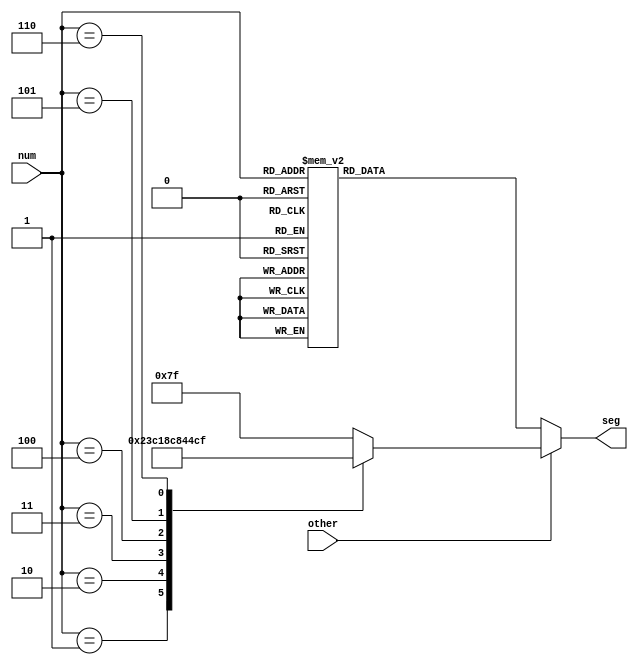
`timescale 1ns / 1ps
//////////////////////////////////////////////////////////////////////////////////
// Company: 
// Engineer: 
// 
// Design Name: 
// Module Name: seg_controller
// Project Name: 
// Target Devices: 
// Tool Versions: 
// Description: 
// 
// Dependencies: 
// 
// Revision:
// Revision 0.01 - File Created
// Additional Comments:
// 
//////////////////////////////////////////////////////////////////////////////////


module seg_controller(input [3:0] num, input other, output reg[6:0] seg);

always @(*)
begin
if(other == 0) begin
    case(num)
        4'b0000: seg = 7'b1000000; // 0000  
        4'b0001: seg = 7'b1111001; // 0001
        4'b0010: seg = 7'b0100100; // 0010
        4'b0011: seg = 7'b0110000; // 0011
        4'b0100: seg = 7'b0011001; // 0100
        4'b0101: seg = 7'b0010010; // 0101 
        4'b0110: seg = 7'b0000010; // 0110
        4'b0111: seg = 7'b1111000; // 0111 
        4'b1000: seg = 7'b0000000; // 1000 
        4'b1001: seg = 7'b0010000; // 1001
        default: seg = 7'b1000000; // 0000
    endcase
end
else begin
 case(num)
        4'b0000: seg = 7'b1111111; // nothing on 
        4'b0001: seg = 7'b1000111; // L
        4'b0010: seg = 7'b1000001; // U
        4'b0011: seg = 7'b1000110; // C
        4'b0100: seg = 7'b0100001; // D
        4'b0101: seg = 7'b0001001; // H
        4'b0110: seg = 7'b1001111; // I
        default: seg = 7'b1111111; // nothing on
    endcase
end
end
endmodule